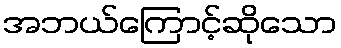
အဘယ်ကြောင့်ဆိုသော